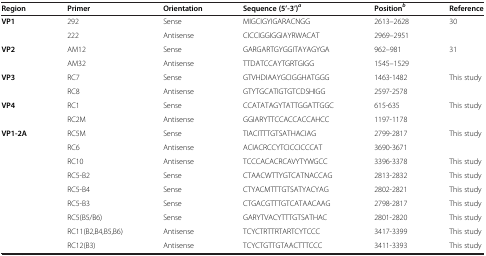
<table><thead><tr><td><b>Region</b></td><td><b>Primer</b></td><td><b>Orientation</b></td><td><b>Sequence (5’-3’)<sup><i>a</i></sup></b></td><td><b>Position<sup><i>b</i></sup></b></td><td><b>Reference</b></td></tr></thead><tbody><tr><td rowspan="2"><b>VP1</b></td><td>292</td><td>Sense</td><td>MIGCIGYIGARACNGG</td><td>2613–2628</td><td rowspan="2">30</td></tr><tr><td>222</td><td>Antisense</td><td>CICCIGGIGGIAYRWACAT</td><td>2969–2951</td></tr><tr><td rowspan="2"><b>VP2</b></td><td>AM12</td><td>Sense</td><td>GARGARTGYGGITAYAGYGA</td><td>962–981</td><td rowspan="2">31</td></tr><tr><td>AM32</td><td>Antisense</td><td>TTDATCCAYTGRTGIGG</td><td>1545–1529</td></tr><tr><td rowspan="2"><b>VP3</b></td><td>RC7</td><td>Sense</td><td>GTVHDIAAYGCIGGHATGGG</td><td>1463-1482</td><td rowspan="2">This study</td></tr><tr><td>RC8</td><td>Antisense</td><td>GTYTGCATIGTGTCDSHIGG</td><td>2597-2578</td></tr><tr><td rowspan="2"><b>VP4</b></td><td>RC1</td><td>Sense</td><td>CCATATAGYTATTGGATTGGC</td><td>615-635</td><td rowspan="2">This study</td></tr><tr><td>RC2M</td><td>Antisense</td><td>GGIARYTTCCACCACCAHCC</td><td>1197-1178</td></tr><tr><td rowspan="2"><b>VP1-2A</b></td><td>RC5M</td><td>Sense</td><td>TIACITTTGTSATHACIAG</td><td>2799-2817</td><td rowspan="2">This study</td></tr><tr><td>RC6</td><td>Antisense</td><td>ACIACRCCYTCICCICCCAT</td><td>3690-3671</td></tr><tr><td> </td><td>RC10</td><td>Antisense</td><td>TCCCACACRCAVYTYWGCC</td><td>3396-3378</td><td>This study</td></tr><tr><td> </td><td>RC5-B2</td><td>Sense</td><td>CTAACWTTYGTCATNACCAG</td><td>2813-2832</td><td>This study</td></tr><tr><td> </td><td>RC5-B4</td><td>Sense</td><td>CTYACMTTTGTSATYACYAG</td><td>2802-2821</td><td>This study</td></tr><tr><td> </td><td>RC5-B3</td><td>Sense</td><td>CTGACGTTTGTCATAACAAG</td><td>2798-2817</td><td>This study</td></tr><tr><td> </td><td>RC5(B5/B6)</td><td>Sense</td><td>GARYTVACYTTTGTSATHAC</td><td>2801-2820</td><td>This study</td></tr><tr><td> </td><td>RC11(B2,B4,B5,B6)</td><td>Antisense</td><td>TCYCTRTTRTARTCYTCCC</td><td>3417-3399</td><td>This study</td></tr><tr><td> </td><td>RC12(B3)</td><td>Antisense</td><td>TCYCTGTTGTAACTTTCCC</td><td>3411-3393</td><td>This study</td></tr></tbody></table>